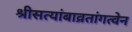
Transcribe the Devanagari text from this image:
श्रीसत्यांबाव्रतांगत्वेन